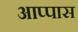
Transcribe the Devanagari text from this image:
आप्पास